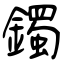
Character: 鐲